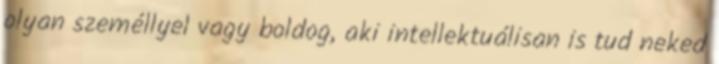
olyan személlyel vagy boldog, aki intellektuálisan is tud neked